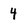
Character: 4